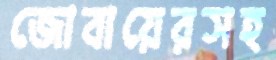
জোবায়েরসহ